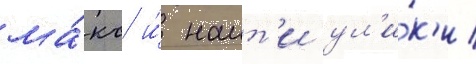
ма́кс и́ наит'и ул'и́к'и